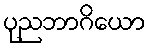
ပုညဘာဂိယော